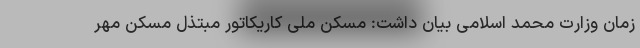
زمان وزارت محمد اسلامی بیان داشت: مسکن ملی کاریکاتور مبتذل مسکن مهر